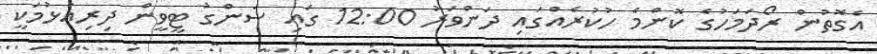
އެގޮތުން ރޯދަމަހުގެ ކޮންމެ ހުކުރެއްގައި ދަންވަރު 12:00 ގައި ސަންގު ޓީވީން ދިރިއުޅުމަކީ